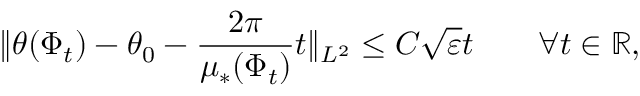
\| \theta ( \Phi _ { t } ) - \theta _ { 0 } - \frac { 2 \pi } { \mu _ { * } ( \Phi _ { t } ) } t \| _ { L ^ { 2 } } \leq C \sqrt { \varepsilon } t \qquad \forall t \in \mathbb { R } ,